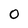
Character: O